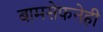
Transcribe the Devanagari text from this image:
बामसेफनेही